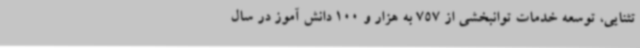
تثنایی، توسعه خدمات توانبخشی از 757 به هزار و 100 دانش آموز در سال